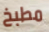
مطبخ